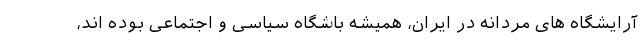
آرایشگاه های مردانه در ایران، همیشه باشگاه سیاسی و اجتماعی بوده اند،